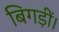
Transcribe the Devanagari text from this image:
बिगड़ीं।